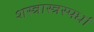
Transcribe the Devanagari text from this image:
शस्त्रास्त्रस्पर्धा